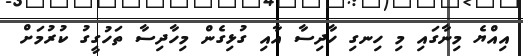
އިއްޔެ މިނާގައި މި ހިނގި ހާދިސާ އާއި ގުޅިގެން މިހާދިސާ ތަހުގީގު ކުރުމަށް